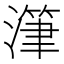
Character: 潷